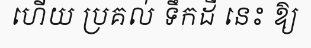
ហើយ ប្រគល់ ទឹកដី នេះ ឱ្យ